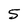
Character: 5